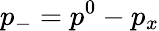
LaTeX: p_{-}=p^{0}-p_{x}